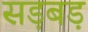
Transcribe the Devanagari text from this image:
सड़बड़